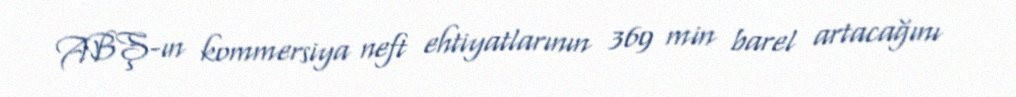
ABŞ-ın kommersiya neft ehtiyatlarının 369 min barel artacağını